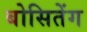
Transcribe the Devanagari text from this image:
बोसितेंग